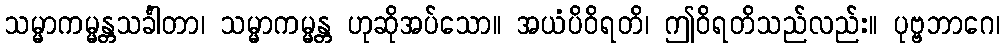
သမ္မာကမ္မန္တသင်္ခါတာ၊ သမ္မာကမ္မန္တ ဟုဆိုအပ်သော။ အယံပိဝိရတိ၊ ဤဝိရတိသည်လည်း။ ပုဗ္ဗဘာဂေ၊